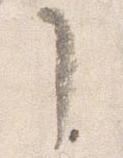
了